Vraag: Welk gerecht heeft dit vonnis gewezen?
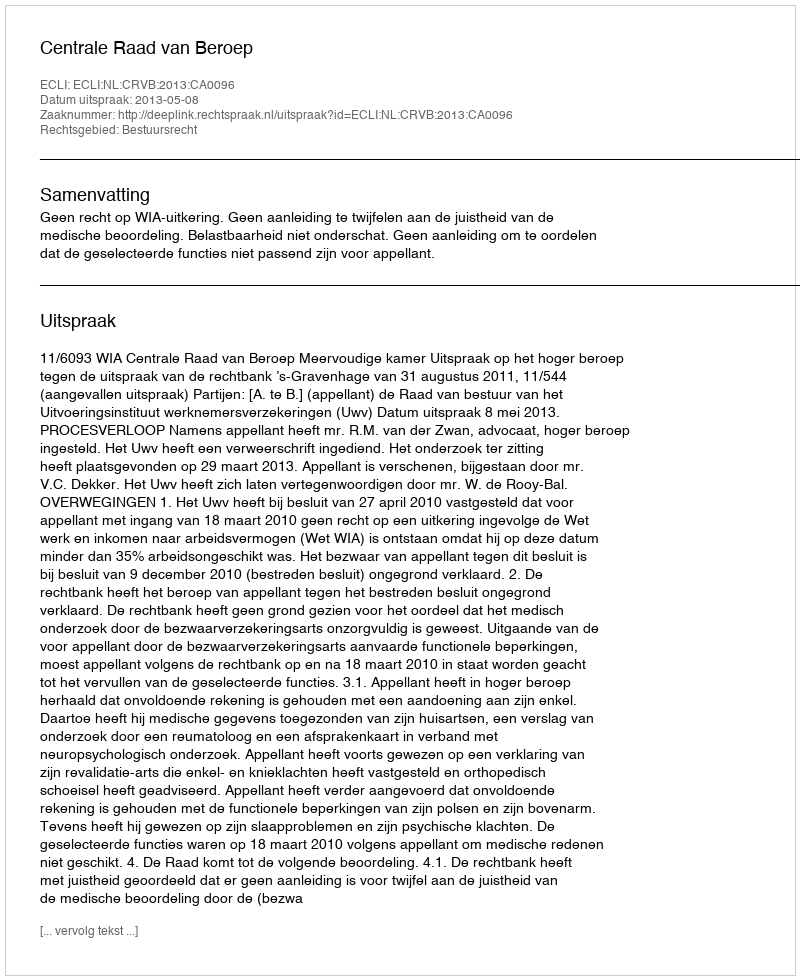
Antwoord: Centrale Raad van Beroep